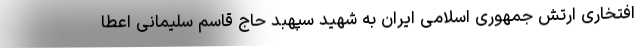
افتخاری ارتش جمهوری اسلامی ایران به شهید سپهبد حاج قاسم سلیمانی اعطا